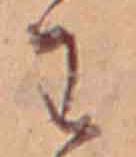
わ